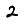
Digit: 2